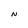
Character: N